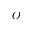
{ \cal O }